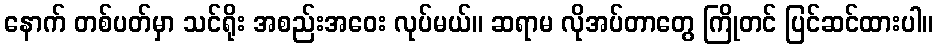
နောက် တစ်ပတ်မှာ သင်ရိုး အစည်းအဝေး လုပ်မယ်။ ဆရာမ လိုအပ်တာတွေ ကြိုတင် ပြင်ဆင်ထားပါ။